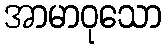
အာမာဝုသော